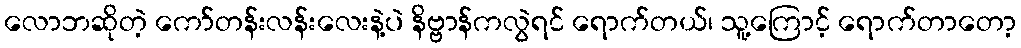
လောဘဆိုတဲ့ ကော်တန်းလန်းလေးနဲ့ပဲ နိဗ္ဗာန်ကလွဲရင် ရောက်တယ်၊ သူ့ကြောင့် ရောက်တာတော့